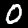
Digit: 0